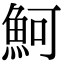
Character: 魺